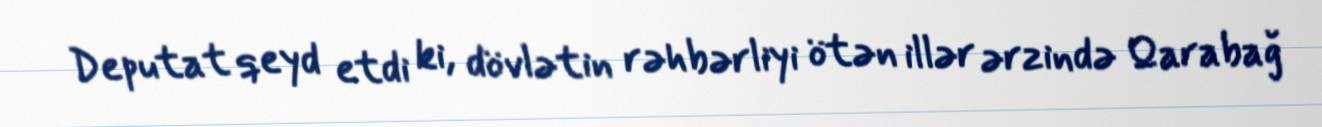
Deputat qeyd etdi ki, dövlətin rəhbərliyi ötən illər ərzində Qarabağ